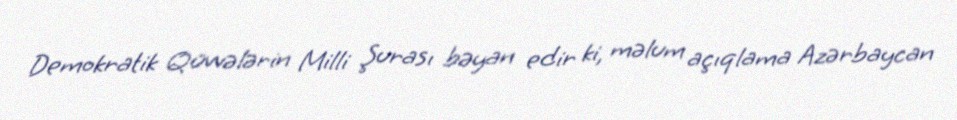
Demokratik Qüvvələrin Milli Şurası bəyan edir ki, məlum açıqlama Azərbaycan